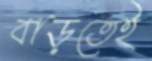
বাড়তেই